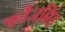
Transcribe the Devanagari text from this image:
फौजसिंह